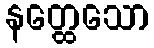
နတ္ထေသော